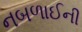
નબળાઈની